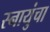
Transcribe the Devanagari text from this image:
स्नायुंचा